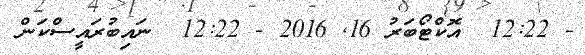
- 12:22  އޮކްޓޯބަރު 16